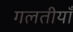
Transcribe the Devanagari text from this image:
गलतीयाँ